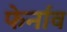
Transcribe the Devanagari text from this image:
फेर्नाव